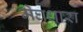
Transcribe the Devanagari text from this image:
मेघधारा